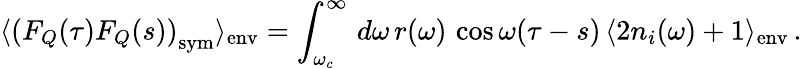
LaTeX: \langle\left(F_{Q}(\tau)F_{Q}(s)\right)_{\mathrm{sym}}\rangle_{\mathrm{env}}=\int_{\omega_{c}}^{\infty}\, d\omega\, r(\omega)\, \cos\omega(\tau-s)\, \langle 2n_{i}(\omega)+1\rangle_{\mathrm{env}}\, .